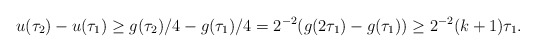
\begin{align*}u(\tau_2) - u (\tau_1) \geq g( \tau_2) / 4 - g (\tau_1) / 4 = 2^{-2}( g ( 2 \tau_1) - g( \tau_1)) \geq 2^{-2}(k + 1) \tau_1.\end{align*}